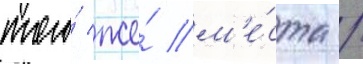
того́ же́ м'е́ста /